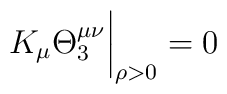
K_{\mu}\Theta_{3}^{\mu\nu}{\bigg|}_{\rho>0}=0